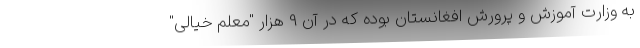
به وزارت آموزش و پرورش افغانستان بوده که در آن 9 هزار "معلم خیالی"